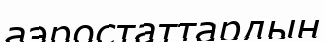
аэростаттардың